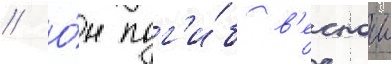
// О́н пог'и́б в'еснои